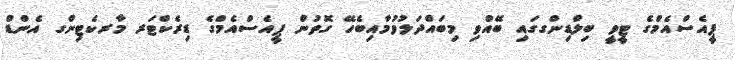
ޕީއެސްއެމްގެ ޓީވީ ބިލްޑިންގގައި ބޭއްވި މިބައްދަލުވުމާއިބެހޭ ގޮތުން ޕީއެސްއެމްގެ ޑިރެކްޓަރ މާރކެޓިންގ އެންޑް